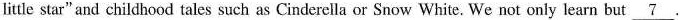
little star" and childhood tales such as Cinderella or Snow White. We not only learn but \underline{7}.